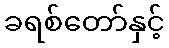
ခရစ်တော်နှင့်